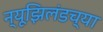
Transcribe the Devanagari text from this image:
न्यूझिलंडच्या